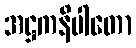
အဋ္ဌကနိပါတော